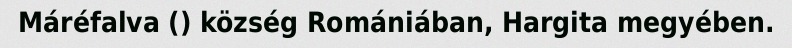
Máréfalva () község Romániában, Hargita megyében.